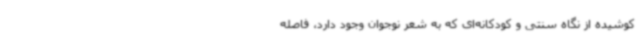
کوشیده از نگاه سنتی و کودکانه‌ای که به شعر نوجوان وجود دارد، فاصله